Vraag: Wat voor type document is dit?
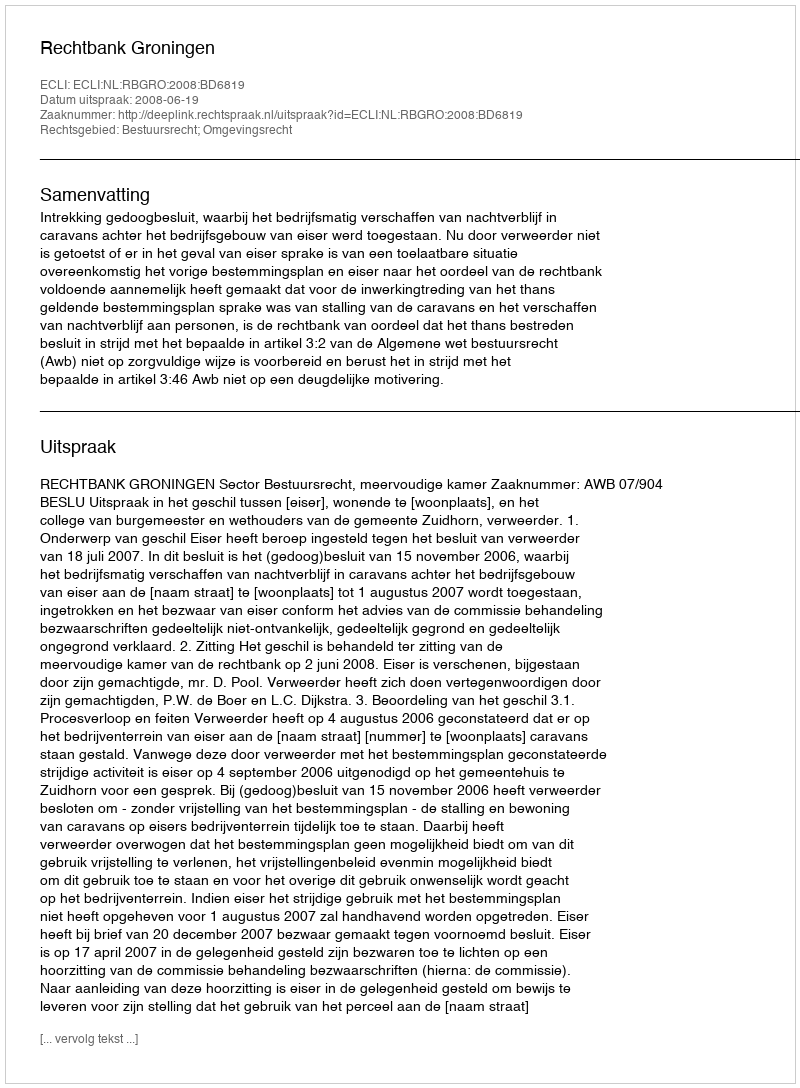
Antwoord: Uitspraak